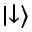
\mid \downarrow \rangle